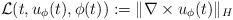
LaTeX: \begin{align*} \mathcal{L}(t,u_\phi(t),\phi(t)) := \lVert \nabla \times u_\phi(t) \rVert_H\end{align*}